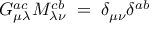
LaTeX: G _ { \mu \lambda } ^ { a c } M _ { \lambda \nu } ^ { c b } \; = \; \delta _ { \mu \nu } \delta ^ { a b }